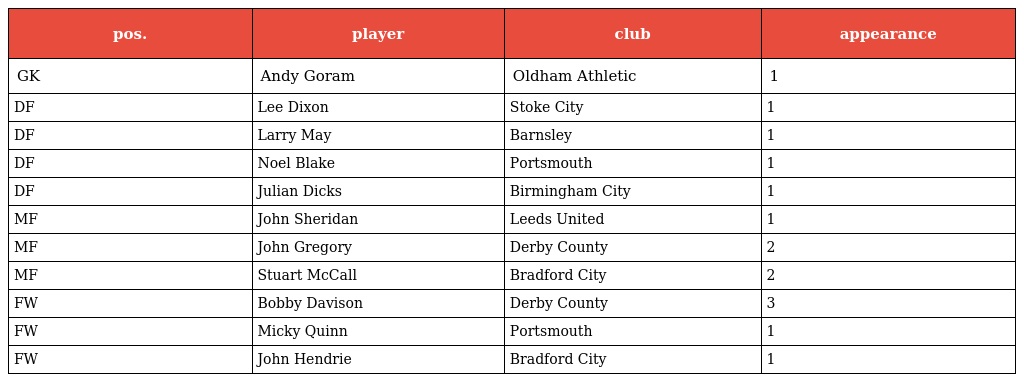
| pos. | player | club | appearance |
 | --- | --- | --- | --- |
 | GK | Andy Goram | Oldham Athletic | 1 |
 | DF | Lee Dixon | Stoke City | 1 |
 | DF | Larry May | Barnsley | 1 |
 | DF | Noel Blake | Portsmouth | 1 |
 | DF | Julian Dicks | Birmingham City | 1 |
 | MF | John Sheridan | Leeds United | 1 |
 | MF | John Gregory | Derby County | 2 |
 | MF | Stuart McCall | Bradford City | 2 |
 | FW | Bobby Davison | Derby County | 3 |
 | FW | Micky Quinn | Portsmouth | 1 |
 | FW | John Hendrie | Bradford City | 1 |